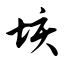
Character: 垓